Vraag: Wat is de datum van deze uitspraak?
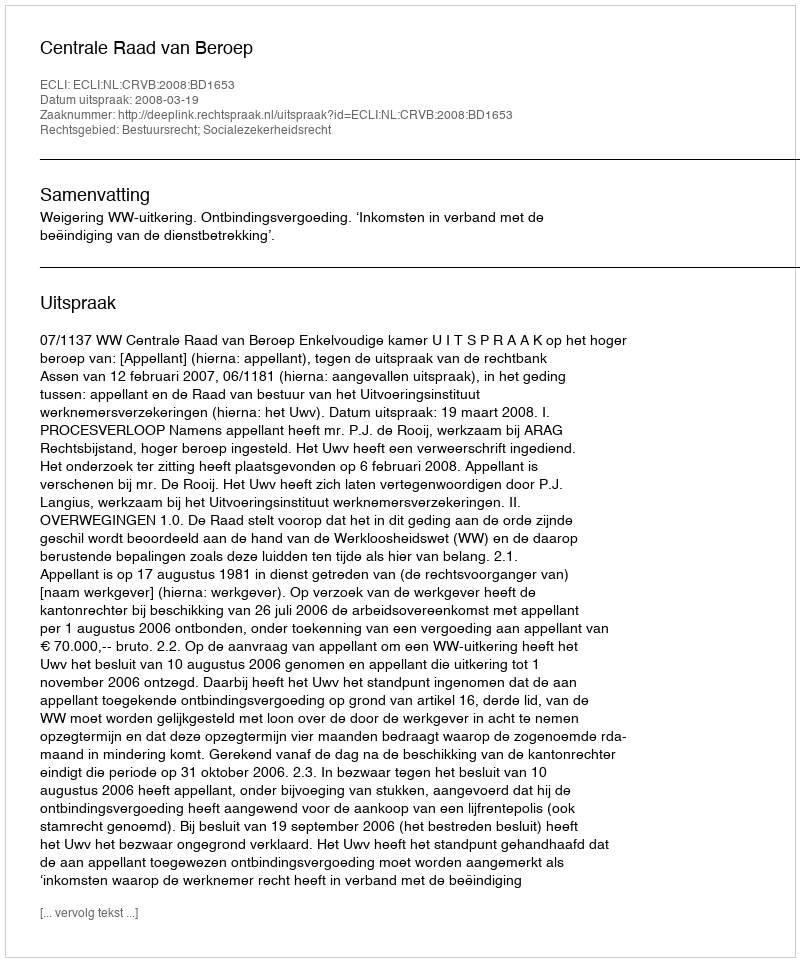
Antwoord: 2008-03-19